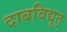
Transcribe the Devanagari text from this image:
दाबविद्युत्‌